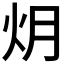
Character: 𮳟